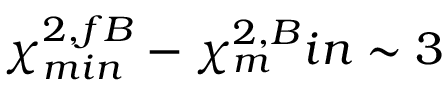
\chi _ { m i n } ^ { 2 , f B } - \chi _ { m } ^ { 2 , B } i n \sim 3